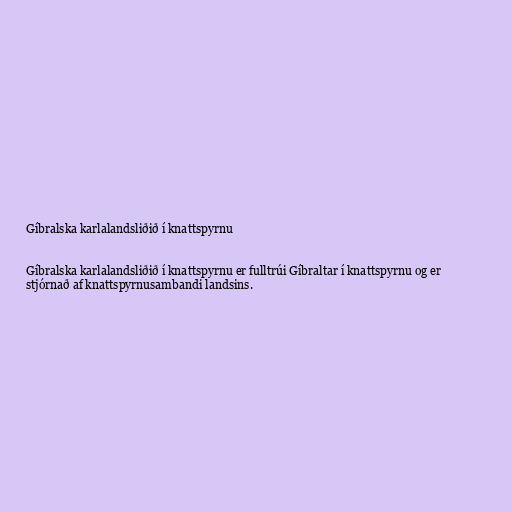
Gíbralska karlalandsliðið í knattspyrnu

Gíbralska karlalandsliðið í knattspyrnu er fulltrúi Gíbraltar í knattspyrnu og er
stjórnað af knattspyrnusambandi landsins.